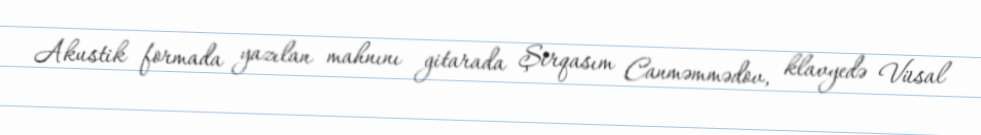
Akustik formada yazılan mahnını gitarada Şirqasım Canməmmədov, klavyedə Vüsal